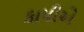
કાપીએ